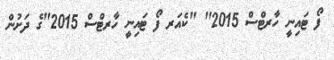
ފޯ ޓައިނީ ހާރޓްސް 2015" "ކެއަރ ފޯ ޓައިނީ ހާރޓްސް 2015"ގެ ދަށުން